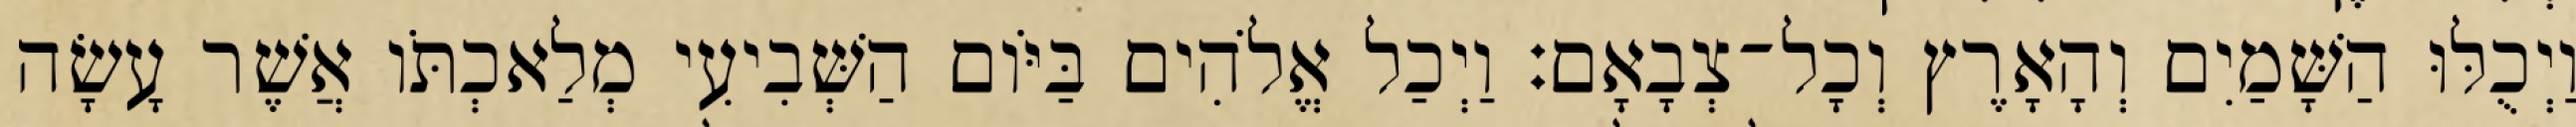
וַיְכֻלּוּ הַשָּׁמַיִם וְהָאָרֶץ וְכָל־צְבָאָם׃ וַיְכַל אֱלֹהִים בַּיֹּום הַשְּׁבִיעִי מְלַאכְתֹּו אֲשֶׁר עָשָׂה